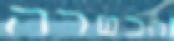
הכשרה